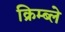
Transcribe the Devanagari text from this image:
क्रिम्ब्ले